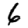
Digit: 6